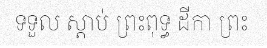
ទទួល ស្តាប់ ព្រះពុទ្ធ ដីកា ព្រះ